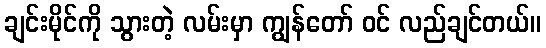
ချင်းမိုင်ကို သွားတဲ့ လမ်းမှာ ကျွန်တော် ဝင် လည်ချင်တယ်။